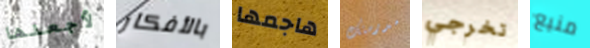
لأجعلها بالأفكار هاجمها مدرستك تخرجي منيع